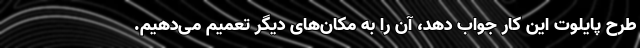
طرح پایلوت این کار جواب دهد، آن را به مکان‌های دیگر تعمیم می‌دهیم.